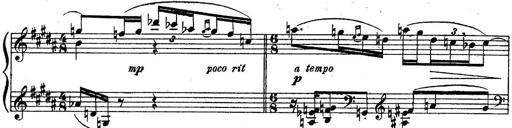
Title: Sonatine
Composer: Adrian Shaposhnikov
Key: E minor